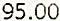
95.00